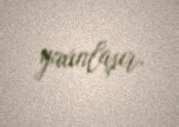
yaxınlaşır.